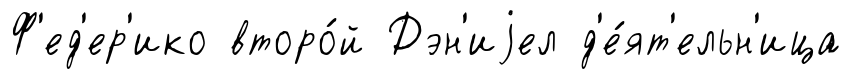
Ф'ед'ер'ико второ́й Дэн'иjел д'е́ят'ельн'ица